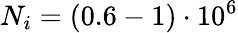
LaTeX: N_{i}=(0.6-1)\cdot 10^{6}